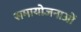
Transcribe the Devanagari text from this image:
समायोजनाओं